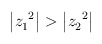
\begin{align*}\left| z_1^{\ 2} \right| > \left| z_2^{\ 2} \right|\,\end{align*}